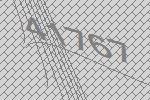
41767